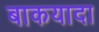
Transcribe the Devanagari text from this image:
बाकयादा